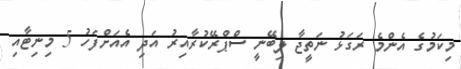
މިކަމުގެ އެންމެ ރަގަޅު ނަތީޖާ ލިބޭނީ ސްޕްރޭކުރާއިރު އަދި އެއަށްފަހު 5 މިނިޓާއި